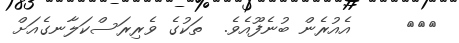
١٢١     އެއުރެން ބުނެފޫއެވެ.  ތަކުގެ ވެރިރަސްކަލާނގެއަށް